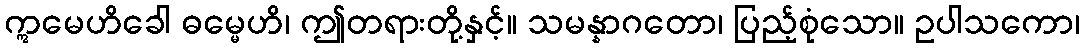
ဣမေဟိခေါ ဓမ္မေဟိ၊ ဤတရားတို့နှင့်။ သမန္နာဂတော၊ ပြည့်စုံသော။ ဥပါသကော၊